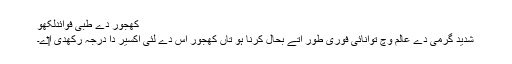
کھجور دے طبی فوائدلکھو
شدید گرمی دے عالم وچ توانائی فوری طور اُتے بحال کرنا ہو تاں کھجور اس دے لئی اکسیر دا درجہ رکھدی ا‏‏ے۔